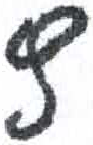
אות: ץ